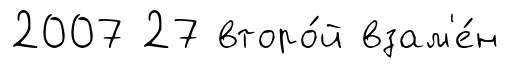
2007 27 второ́й взам'е́н